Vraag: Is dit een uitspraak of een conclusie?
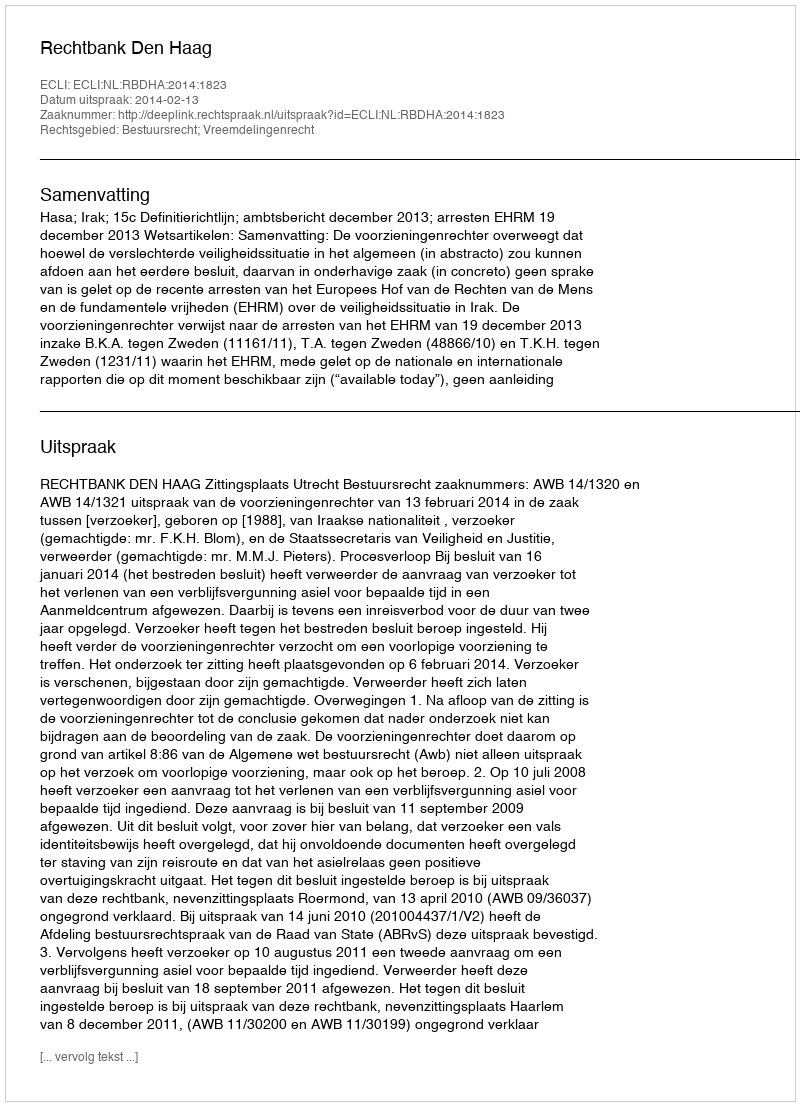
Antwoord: Uitspraak